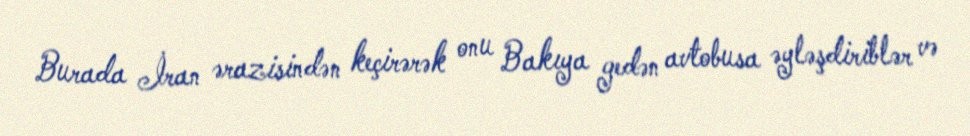
Burada İran ərazisindən keçirərək onu Bakıya gedən avtobusa əyləşdiriblər və